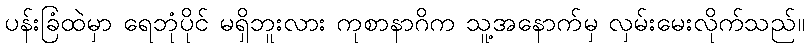
ပန်းခြံထဲမှာ ရေဘုံပိုင် မရှိဘူးလား ကုစာနာဂိက သူ့အနောက်မှ လှမ်းမေးလိုက်သည်။